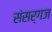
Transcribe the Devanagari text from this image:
संसर्गज